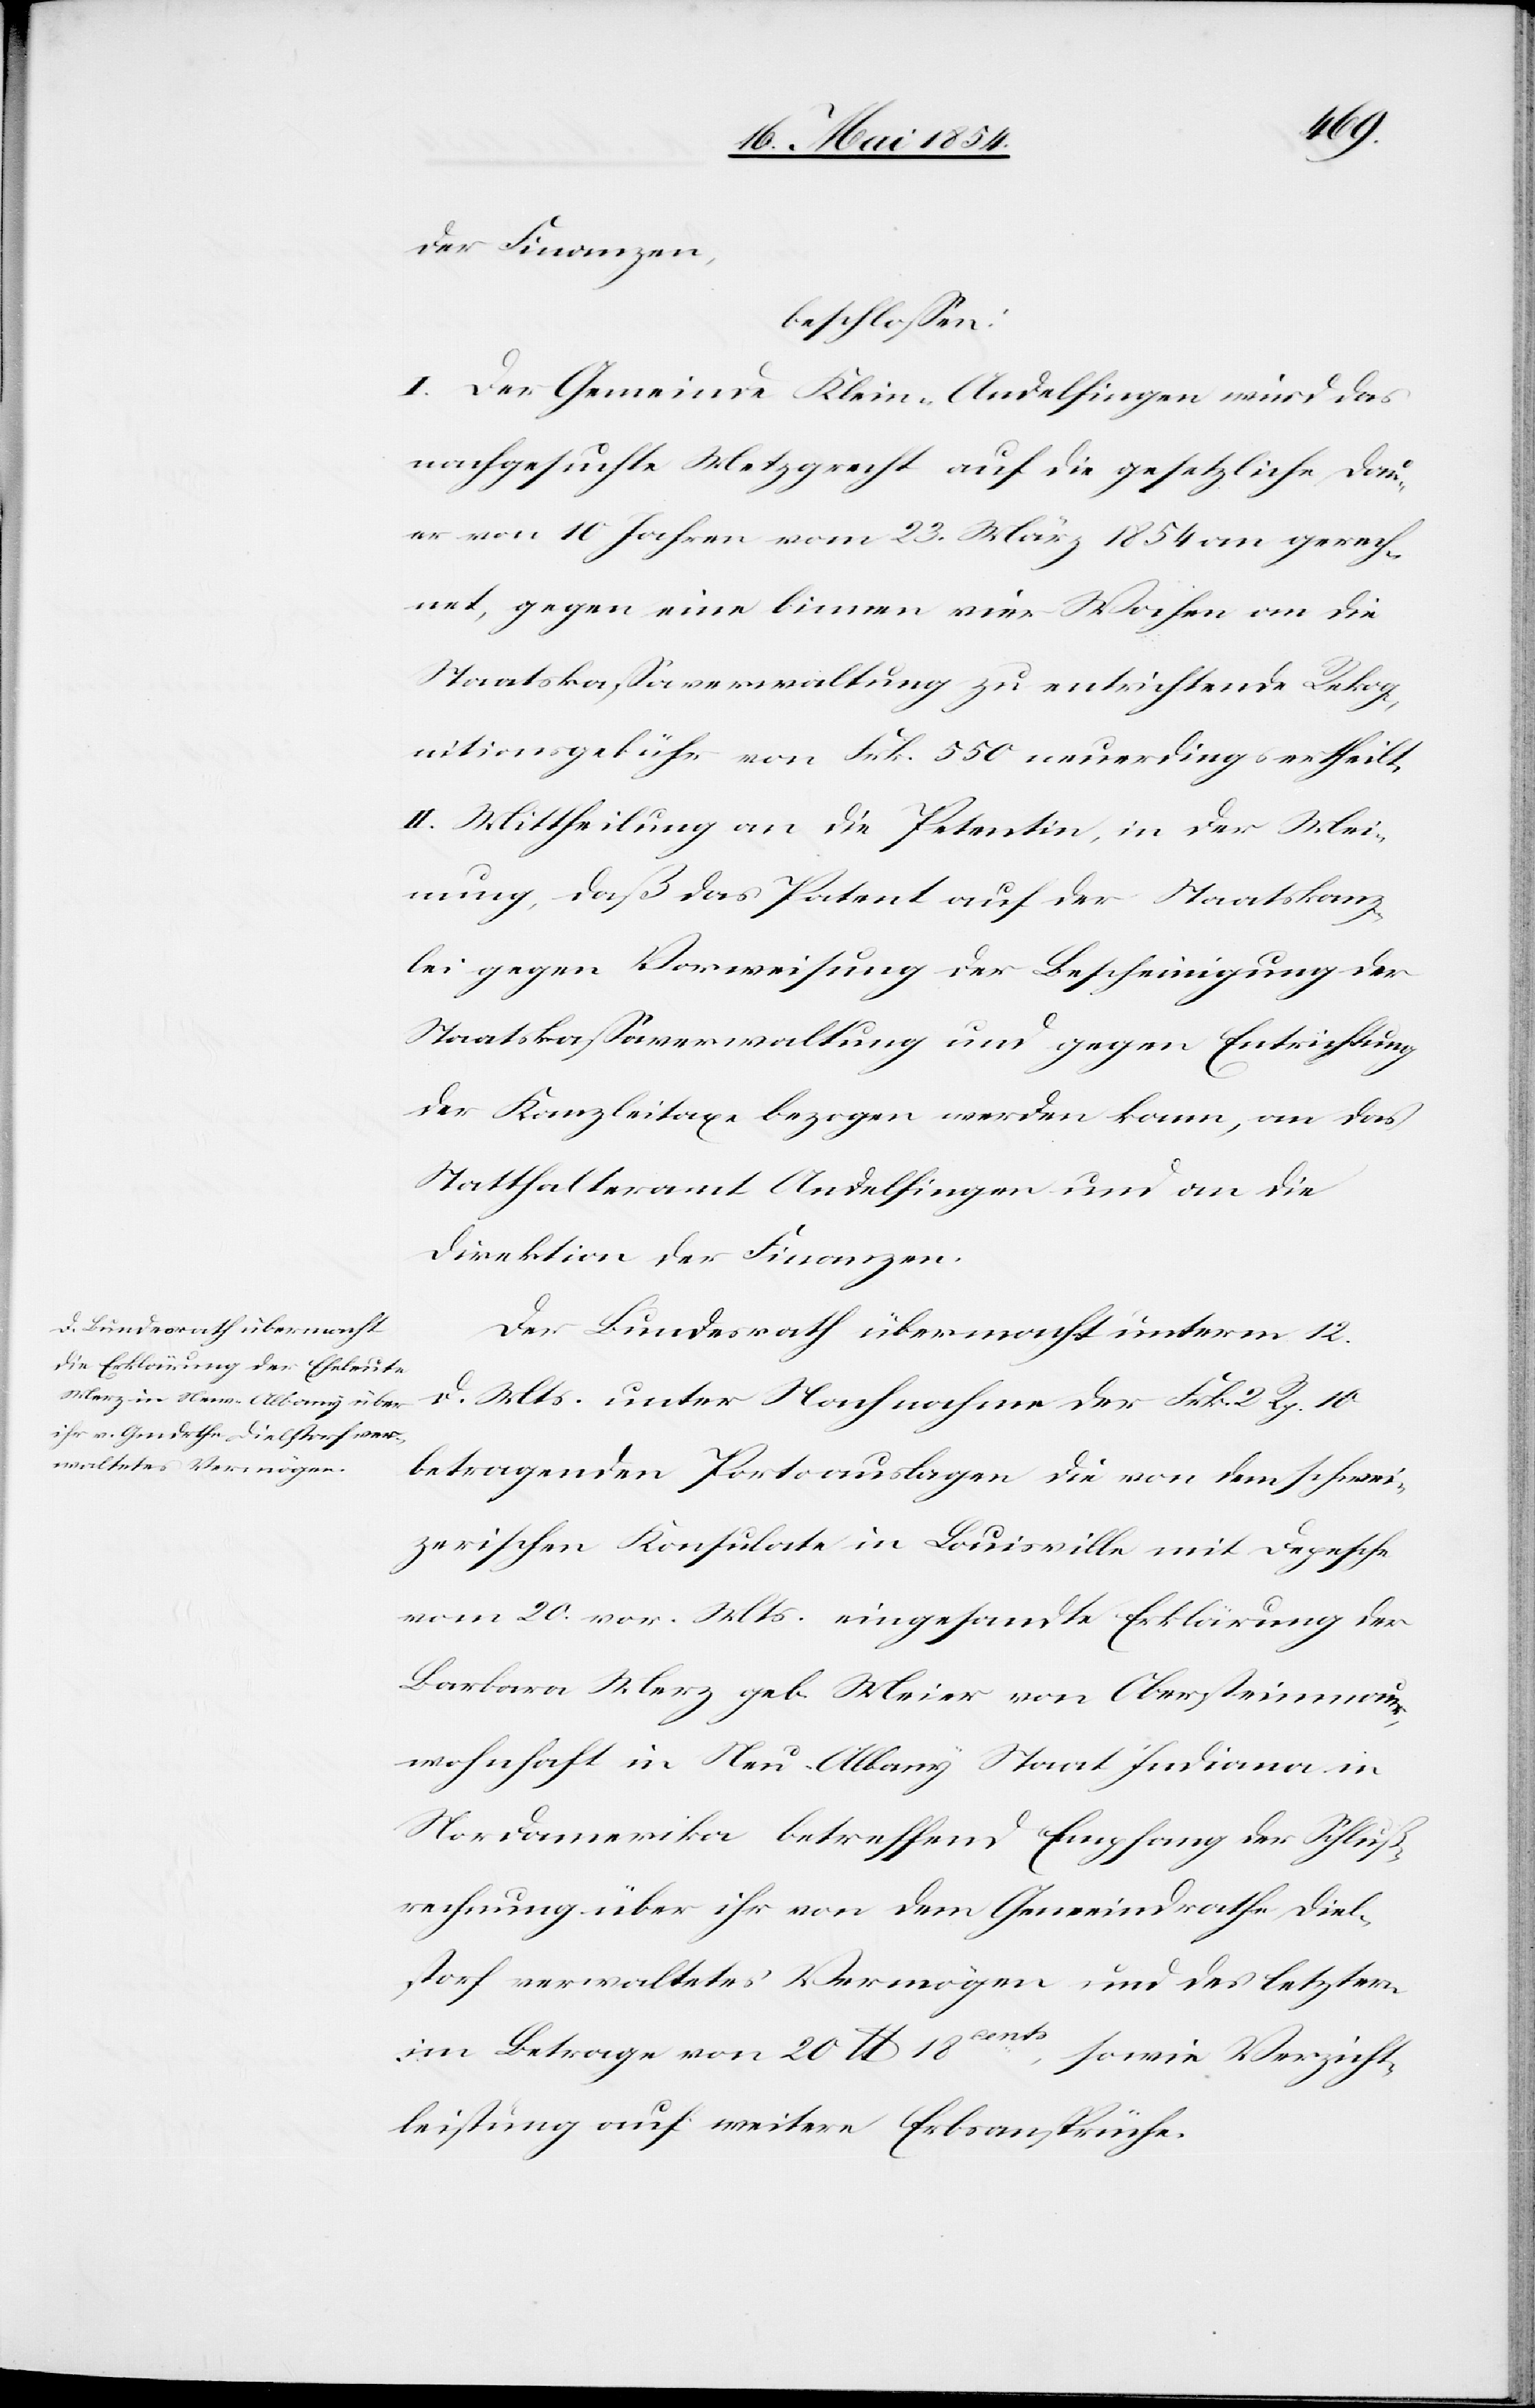
der Finanzen,
beschloßen:
I. Der Gemeinde Klein-Andelfingen wird das
nachgesuchte Metzgrecht auf die gesetzliche Dau¬
er von 10 Jahren vom 23. März 1854 an gerech¬
net, gegen eine binnen vier Wochen an die
Staatskaßaverwaltung zu entrichtende Rekog¬
nitionsgebühr von Frk. 550 neuerdings ertheilt.
II. Mittheilung an die Petentin, in der Mei¬
nung, daß das Patent auf der Staatskanz¬
lei gegen Vorweisung der Bescheinigung der
Staatskaßaverwaltung und gegen Entrichtung
der Kanzleitaxe bezogen werden kann, an das
Statthalteramt Andelfingen und an die
Direktion der Finanzen.
Der Bundesrath übermacht unterm 12.
d. Mts unter Nachnahme der Frk. 2 Rp. 10
betragenden Portoauslagen die von dem schwei¬
zerischen Konsulate in Louisville mit Depesche
vom 20. vor. Mts. eingesandte Erklärung der
Barbara Merz geb. Meier von Obersteinmauer,
wohnhaft in New-Albany Staat Indiana in
Nordamerika betreffend Empfang der Schluß¬
rechnung über ihr von dem Gemeindrathe Diel¬
storf verwaltetes Vermögen und des letztern
ents,
im Betrage von 20 lb 18c¬
sowie Verzicht¬
leistung auf weitere Erbansprüche.